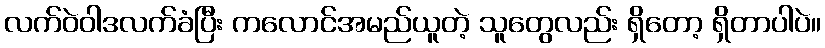
လက်ဝဲဝါဒလက်ခံပြီး ကလောင်အမည်ယူတဲ့ သူတွေလည်း ရှိတော့ ရှိတာပါပဲ။